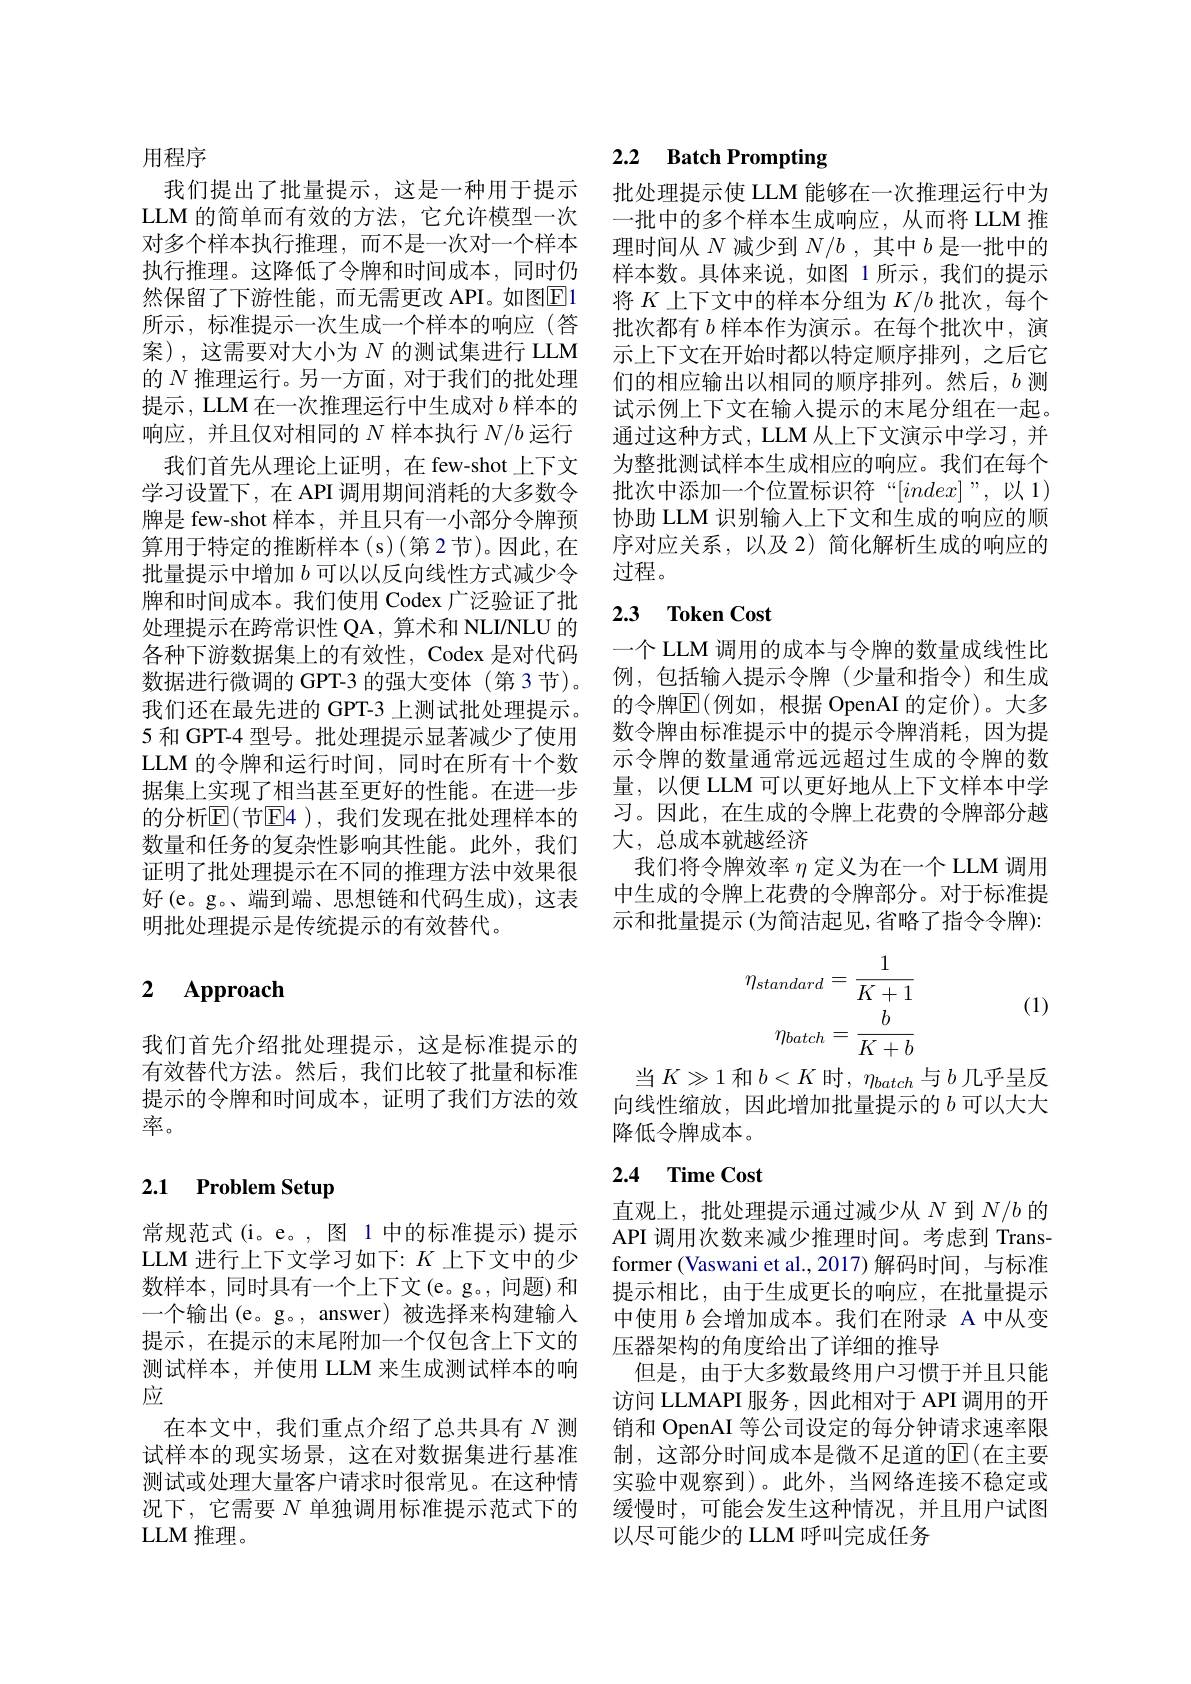
用程序
然保留了下游性能，而无需更改 API。如图$\boxed{\mathrm{E}}1$ 所示，标准提示一次生成一个样本的响应(答案),这需要对大小为$N$的测试集进行 LLM 的$N$推理运行。另一方面，对于我们的批处理响应，并且仅对相同的$N$样本执行$N/b$运行
我们首先从理论上证明，在 few-shot 上下文学习设置下，在 API 调用期间消耗的大多数令牌是 few-shot 样本，并且只有一小部分令牌预算用于特定的推断样本(s)(第2节)。因此，在批量提示中增加$b$可以以反向线性方式减少令牌和时间成本。我们使用 Codex 广泛验证了批处理提示在跨常识性 QA, 算术和 NLINLU 的各种下游数据集上的有效性，Codex 是对代码数据进行微调的 GPT-3 的强大变体(第 3 节)。我们还在最先进的 GPT-3 上测试批处理提示。5 和 GPT-4 型号。批处理提示显著减少了使用LLM 的令牌和运行时间，同时在所有十个数据集上实现了相当甚至更好的性能。在进一步的分析$\mathbb{E}($节$\mathbb{E}4)$,我们发现在批处理样本的数量和任务的复杂性影响其性能。此外，我们证明了批处理提示在不同的推理方法中效果很好(e。g。、端到端、思想链和代码生成),这表明批处理提示是传统提示的有效替代。

# 2 Approach

我们首先介绍批处理提示，这是标准提示的有效替代方法。然后，我们比较了批量和标准提示的令牌和时间成本，证明了我们方法的效率。

# 2.1 Problem Setup

常规范式(i。e。,图 1 中的标准提示)提示LLM 进行上下文学习如下：$K$上下文中的少一个输出(e。g。, answer)被选择来构建输入提示，在提示的末尾附加一个仅包含上下文的测试样本，并使用 LLM 来生成测试样本的响应
在本文中，我们重点介绍了总共具有$N$测况下，它需要$N$单独调用标准提示范式下的LLM 推理。

# 2.2 Batch Prompting

我们提出了批量提示，这是一种用于提示 批处理提示使 LLM 能够在一次推理运行中为LLM 的简单而有效的方法，它允许模型一次 一批中的多个样本生成响应，从而将 LLM 推对多个样本执行推理，而不是一次对一个样本 理时间从$N$减少到$N/b$ ,其中$b$是一批中的执行推理。这降低了令牌和时间成本，同时仍 样本数。具体来说，如图 1 所示，我们的提示
将$K$上下文中的样本分组为$K/b$批次，每个批次都有$b$样本作为演示。在每个批次中，演示上下文在开始时都以特定顺序排列，之后它们的相应输出以相同的顺序排列。然后，$b$测
提示，LLM 在一次推理运行中生成对$b$样本的 试示例上下文在输人提示的末尾分组在一起。
通过这种方式，LLM 从上下文演示中学习，并
为整批测试样本生成相应的响应。我们在每个批次中添加一个位置标识符“$[index]$”,以1) 协助 LLM 识别输入上下文和生成的响应的顺序对应关系，以及 2)简化解析生成的响应的过程。

## 2.3 Token Cost

一个 LLM 调用的成本与令牌的数量成线性比例，包括输入提示令牌(少量和指令)和生成的令牌$\overline{\mathbb{E}}($例如，根据 OpenAI 的定价)。大多数令牌由标准提示中的提示令牌消耗，因为提示令牌的数量通常远远超过生成的令牌的数量，以便 LLM 可以更好地从上下文样本中学习。因此，在生成的令牌上花费的令牌部分越大，总成本就越经济
我们将令牌效率$\eta$定义为在一个 LLM 调用中生成的令牌上花费的令牌部分。对于标准提示和批量提示 (为简洁起见，省略了指令令牌):
$$\eta_{standard}=\frac{1}{K+1}\\\eta_{batch}=\frac{b}{K+b}$$
(1)

当$K\gg1$和$b<K$时，$\eta_batch$与$b$ 几乎呈反向线性缩放，因此增加批量提示的$b$可以大大降低令牌成本。

## 2.4 Time Cost

直观上，批处理提示通过减少从$N$到$N/b$的API 调用次数来减少推理时间。考虑到 Transformer (Vaswani et al.,2017)解码时间，与标准
数样本，同时具有一个上下文(e。g。,问题)和 提示相比，由于生成更长的响应，在批量提示
中使用$b$会增加成本。我们在附录 A 中从变
压器架构的角度给出了详细的推导
但是，由于大多数最终用户习惯于并且只能访问 LLMAPI 服务 ,因此相对于 API 调用的开销和 OpenAI 等公司设定的每分钟请求速率限
试样本的现实场景，这在对数据集进行基准 制，这部分时间成本是微不足道的El(在主要测试或处理大量客户请求时很常见。在这种情 实验中观察到)。此外，当网络连接不稳定或
缓慢时，可能会发生这种情况，并且用户试图
以尽可能少的 LLM 呼叫完成任务